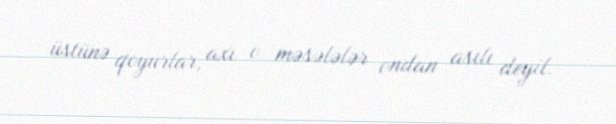
üstünə qoyurlar, axı o məsələlər ondan asılı deyil.